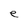
Character: e